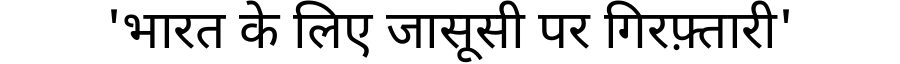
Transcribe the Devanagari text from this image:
'भारत के लिए जासूसी पर गिरफ़्तारी'